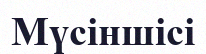
Мүсіншісі